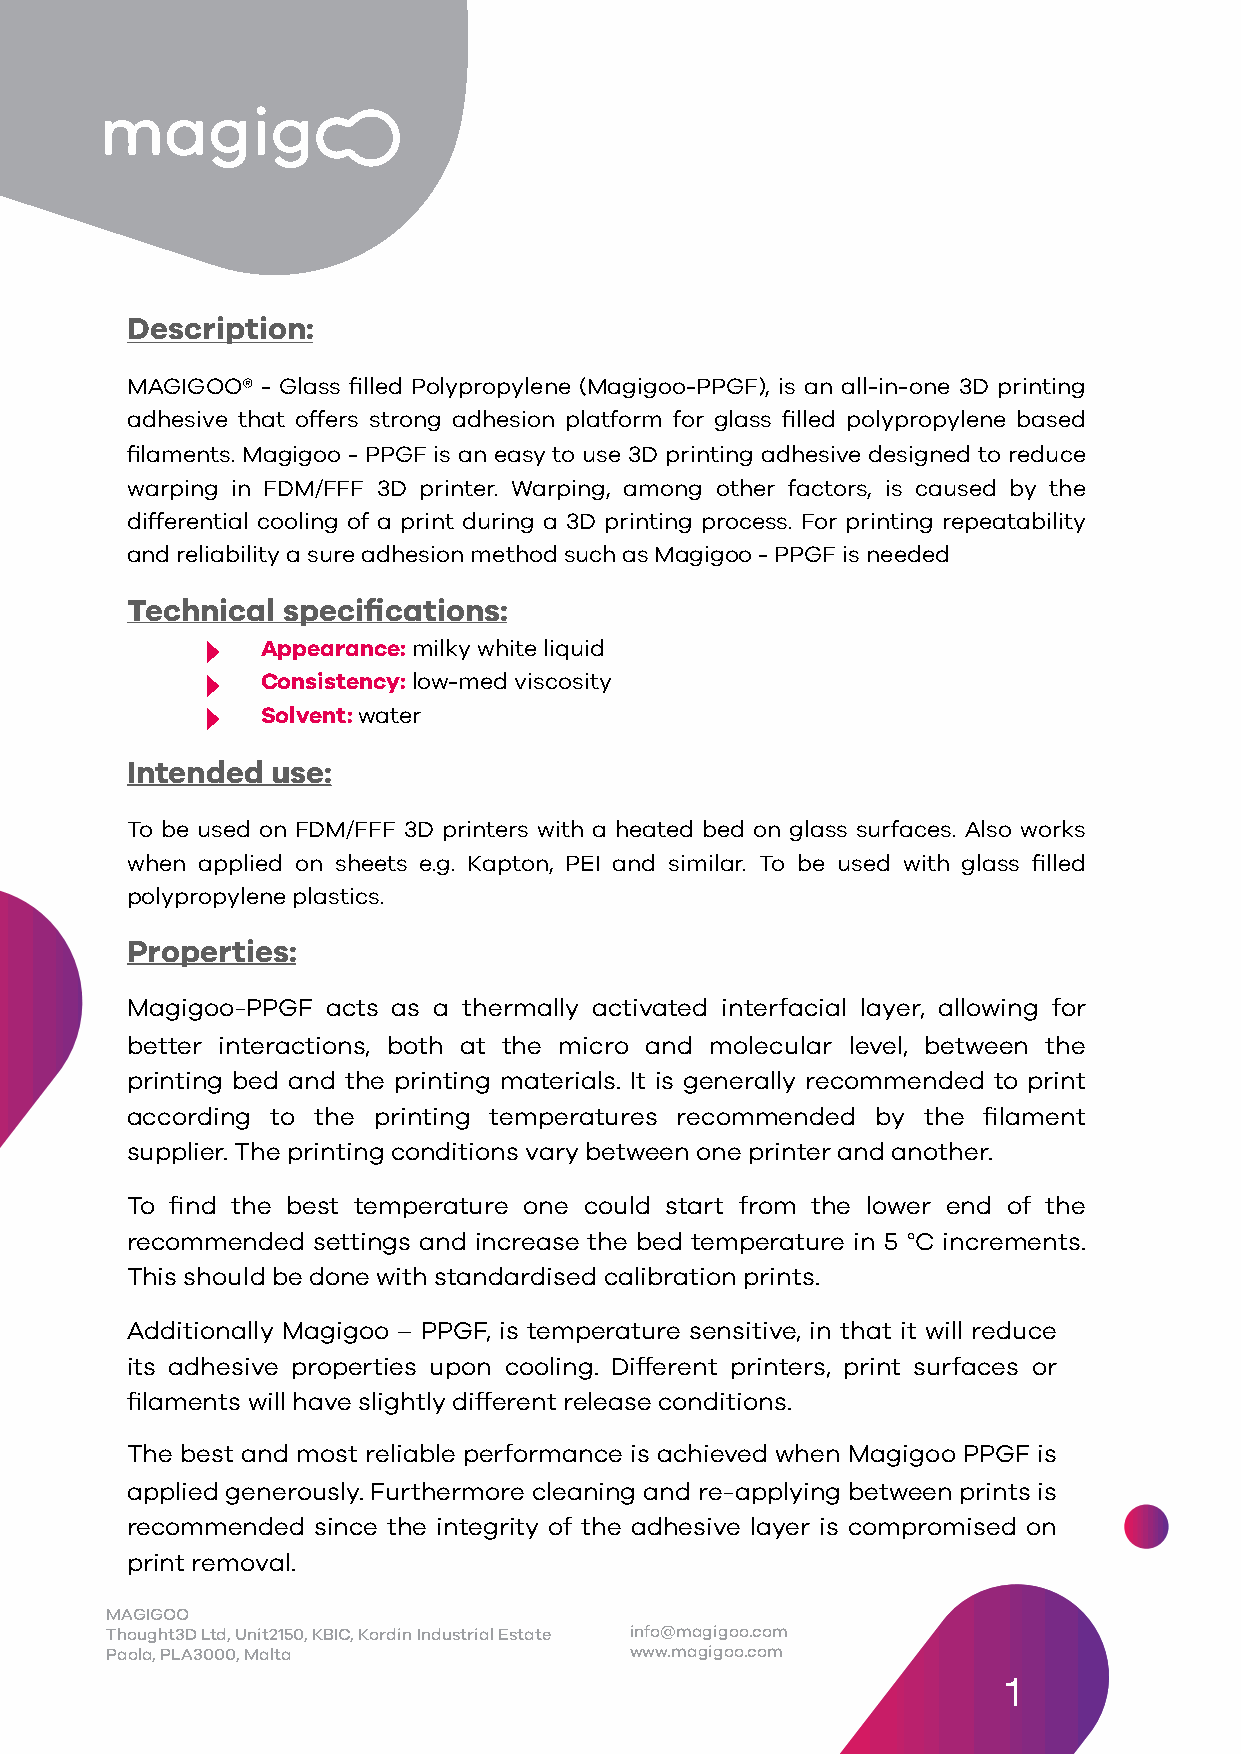
Description:
 MAGIGOO® - Glass filled Polypropylene (Magigoo-PPGF), is an all-in-one 3D printing
 adhesive that offers strong adhesion platform for glass filled polypropylene based
 filaments. Magigoo - PPGF is an easy to use 3D printing adhesive designed to reduce
 warping in FDM/FFF 3D printer. Warping, among other factors, is caused by the
 differential cooling of a print during a 3D printing process. For printing repeatability
 and reliability a sure adhesion method such as Magigoo - PPGF is needed
 Technical  specifications:
 ‣
 Appearance: milky white liquid
 ‣
 Consistency: low-med viscosity
 ‣
 Solvent: water
 Intended  use:
 To be used on FDM/FFF 3D printers with a heated bed on glass surfaces. Also works
 when applied on sheets e.g. Kapton, PEI and similar. To be used with glass filled
 polypropylene plastics.
 Properties:
 Magigoo-PPGF  acts as a thermally activated interfacial layer, allowing for
 better interactions, both at the micro and molecular level, between the
 printing bed and the printing materials. It is generally recommended to print
 according to the printing temperatures recommended by the filament
 supplier. The printing conditions vary between one printer and another.
 To find the best temperature one could start from the lower end of the
 recommended  settings and increase the bed temperature in 5 °C increments.
 This should be done with standardised calibration prints.
 Additionally Magigoo – PPGF, is temperature sensitive, in that it will reduce
 its adhesive properties upon cooling. Different printers, print surfaces or
 filaments will have slightly different release conditions.
 The best and most reliable performance is achieved when Magigoo PPGF is
 applied generously. Furthermore cleaning and re-applying between prints is
 recommended  since the integrity of the adhesive layer is compromised on
 print removal.
 MAGIGOO
 Thought3D Ltd, Unit2150, KBIC, Kordin Industrial Estate info@magigoo.com
 Paola, PLA3000, Malta              www.magigoo.com
 1